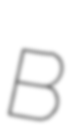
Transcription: B